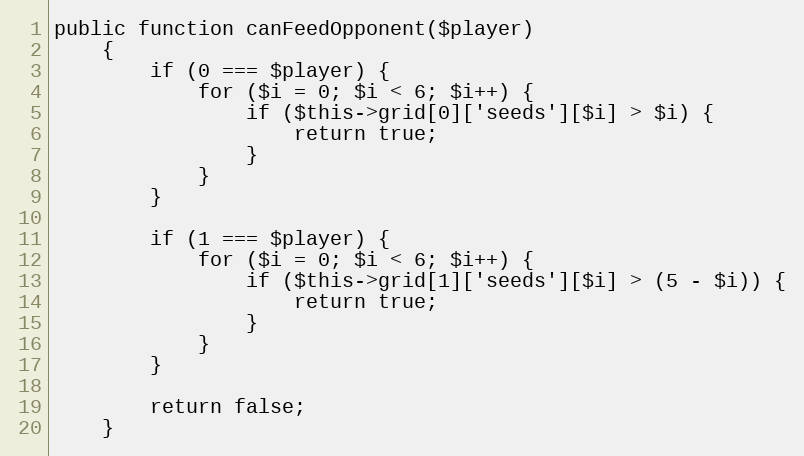
Language: PHP
public function canFeedOpponent($player)
    {
        if (0 === $player) {
            for ($i = 0; $i < 6; $i++) {
                if ($this->grid[0]['seeds'][$i] > $i) {
                    return true;
                }
            }
        }

        if (1 === $player) {
            for ($i = 0; $i < 6; $i++) {
                if ($this->grid[1]['seeds'][$i] > (5 - $i)) {
                    return true;
                }
            }
        }

        return false;
    }